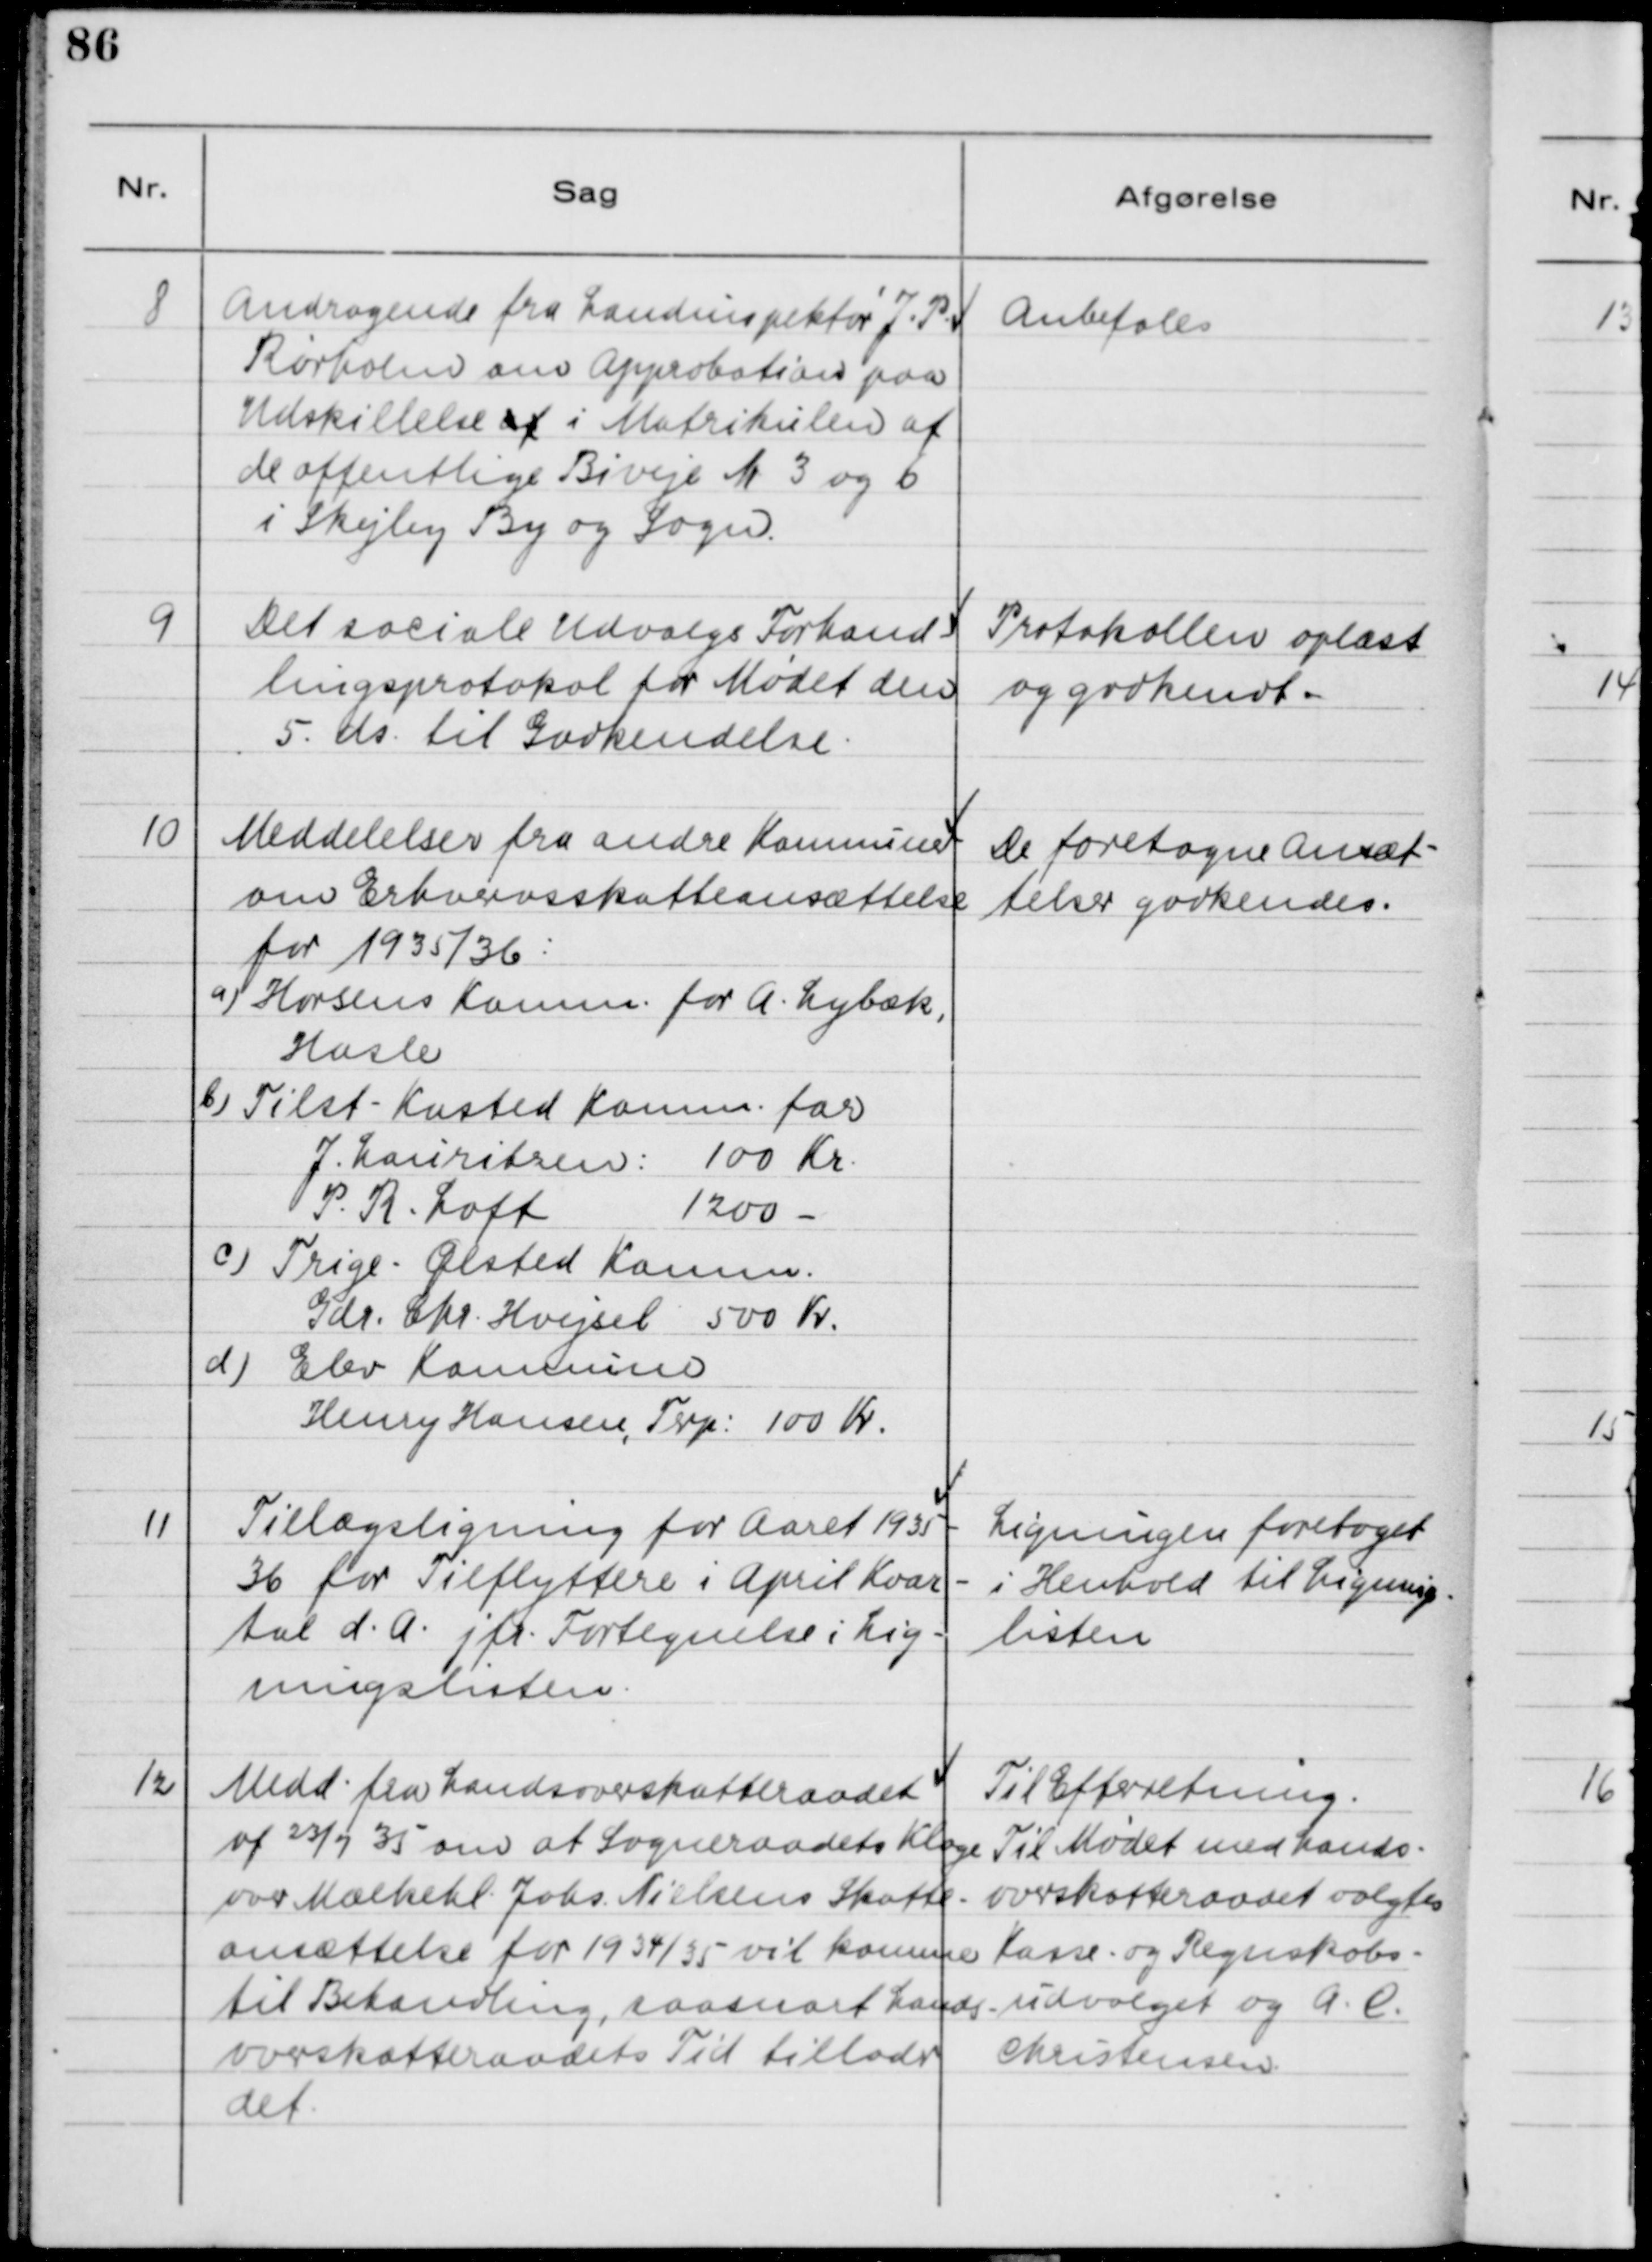
Transskription:
8

Andragende fra Landinspektør J. P. 
Rørholm om Approbation paa
Udskillelse af i Matrikulen af 
de offentlige Biveje Nr. 3 og 6
i Skejby By og Sogn.

Anbefales

9

Det sociale udvalgs Forhand-
lingsprotokol for Møden den
5. ds. til Godkendelse.

Protokollen oplæst
og godkendt.

10

Meddelelse fra andre Kommuner 
om Erhvervsskatteansættelse
for 1935/36:
a) Horsens Komm. for A. Lybæk,
Hasle
b) Tilst - Kasted Komm. for
J. Lauritzen: 100 Kr.
P. R. Loft 
1200 - 
c) Trige - Ølsted Komm.
Gdr. Chr. Hvejsel 500 Kr.
d) Elev Kommune 
Henry Hansen, Terp: 100 Kr.

De foretagne Ansæt-
telser godkendes.

11

Tillægsstigning for Aaret 1935 -
36 for Tilflyttere i April Kvar-
tal d.A. jfr. Fortegnelse i Lig-
ningslisten.

Ligningen foretaget
i Henhold til Lignings-
listen

12

Medd. fra Landsoverskatteraadet
af 23/7 35 om at Sogneraadets klage
over Mælkehl. Johs. Nielsens Skatte-
ansættelse for 1934/35 vil komme
til Behandling, saasnart Lands
overskatteraadets Tid tillader
det.

Til Efterretning.
Til Mødet med Lands-
overskatteraadet valgtes
Kasse- og Regnskabs-
udvalget og A. C. 
Christensen.